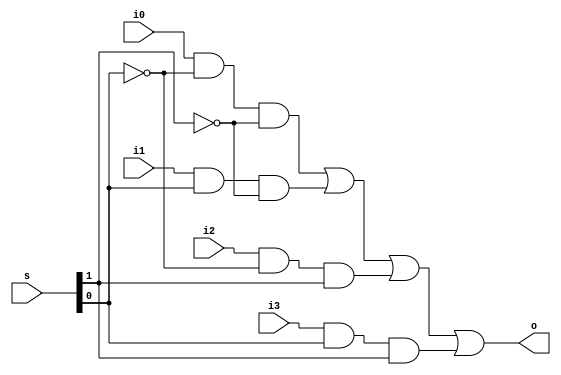
`timescale 1ns / 1ps
//////////////////////////////////////////////////////////////////////////////////
// Company: 
// 
// Design Name: Multiplexer 4x1 Dataflow
// Module Name: Multiplexer_4x1_Dataflow
// Project Name: 
// Target Devices: 
// Tool Versions: Vivado 2021.2
// Description: 
// 
// Dependencies: 
// 
// Revision:
// Revision 0.01 - File Created
// Additional Comments:
// 
//////////////////////////////////////////////////////////////////////////////////


module Multiplexer_4x1_Dataflow(
    o,      // output 
    i0,     // input 0
    i1,     // input 1
    i2,     // input 2
    i3,     // input 3
    s       // mode sel
    );
    
    output o;
    input i0;
    input i1;
    input i2;
    input i3;
    input [1:0]s;
    
    assign o = (i0 & ~s[0] & ~s[1]) | (i1 & s[0] & ~s[1]) | (i2 & ~s[0] & s[1]) | (i3 & s[0] & s[1]);
endmodule